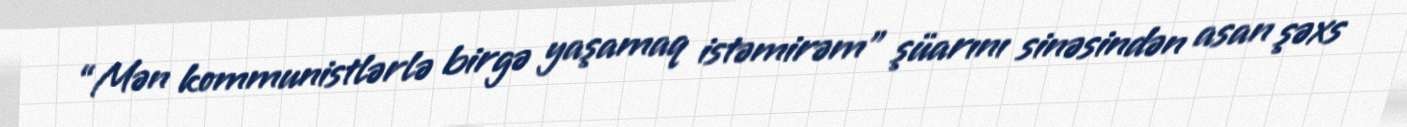
“Mən kommunistlərlə birgə yaşamaq istəmirəm” şüarını sinəsindən asan şəxs